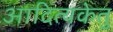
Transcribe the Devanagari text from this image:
आदित्यकेतु